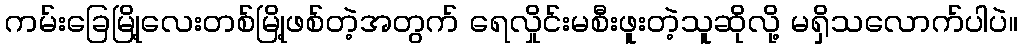
ကမ်းခြေမြို့လေးတစ်မြို့ဖစ်တဲ့အတွက် ရေလှိုင်းမစီးဖူးတဲ့သူဆိုလို့ မရှိသလောက်ပါပဲ။